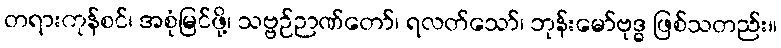
တရားကုန်စင်၊ အစုံမြင်ဖို့၊ သဗ္ဗဉ်ဉာဏ်တော်၊ ရလတ်သော်၊ ဘုန်းမော်ဗုဒ္ဓ ဖြစ်သတည်း။